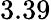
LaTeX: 3.39